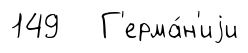
149 Г'ерма́н'иjи